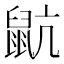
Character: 𪕇